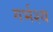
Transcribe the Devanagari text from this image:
गर्भश्य